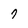
Character: 7